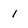
Character: 1